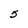
Character: 5